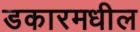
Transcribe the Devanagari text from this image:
डकारमधील